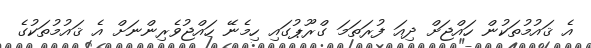
އެ ޤައުމުތަކުން ހައްޖަށް ދިއަ ފުރަތަމަ ގްރޫޕުގައި ހިމެނޭ ހައްޖުވެރިންނަށް އެ ޤައުމުތަކުގެ